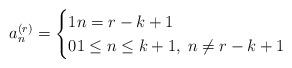
LaTeX: \begin{align*}a_n^{(r)}=\begin{cases} 1 n=r-k+1 \\0 1\le n\le k+1,\; n\ne r-k+1\end{cases}\end{align*}